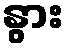
နွား